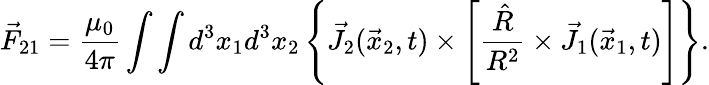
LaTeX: \vec{F}_{21}=\frac{\mu_{0}}{4\pi}\int\int d^{3}x_{1}d^{3}x_{2}\left\{ \vec{J}_{2}(\vec{x}_{2},t)\times\left[\frac{\hat{R}}{R^{2}}\times\vec{J}_{1}(\vec{x}_{1},t)\right]\right\} .